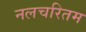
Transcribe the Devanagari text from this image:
नलचरितम